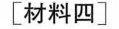
[材料四]